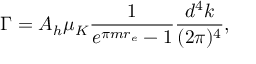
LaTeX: \Gamma = A _ { h } \mu _ { K } \frac { 1 } { e ^ { \pi m r _ { e } } - 1 } \frac { d ^ { 4 } k } { ( 2 \pi ) ^ { 4 } } ,